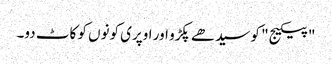
"پیکیج" کو سیدھے پکڑو اور اوپری کونوں کو کاٹ دو۔